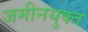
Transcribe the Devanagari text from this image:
जमीनयुक्त